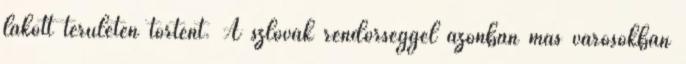
lakott területen történt. A szlovák rendőrséggel azonban más városokban